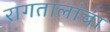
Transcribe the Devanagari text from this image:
रागतालांचा